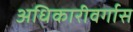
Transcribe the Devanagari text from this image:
अधिकारीवर्गास